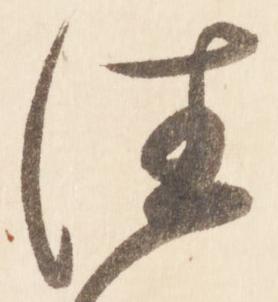
佳